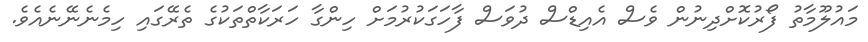
މައުލޫމާތު ފޯރުކޮށްދިނުން ވެސް އެއިޑްސް ދުވަސް ފާހަގަކުރުމަށް ހިންގާ ހަރަކާތްތަކުގެ ތެރޭގައި ހިމެނެނޭނެއެވެ.